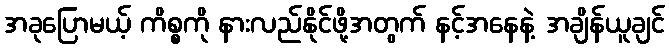
အခုပြောမယ့် ကိစ္စကို နားလည်နိုင်ဖို့အတွက် နင့်အနေနဲ့ အချိန်ယူချင်